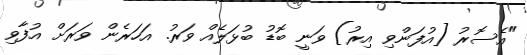
"އެސޮރު [އުފަންވި އިރު] ވަނީ ބޮޑު ބުޅަލެއް ވަރު. އަހަރެން ވަރަށް އުފާވި